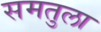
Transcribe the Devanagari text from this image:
समतुला